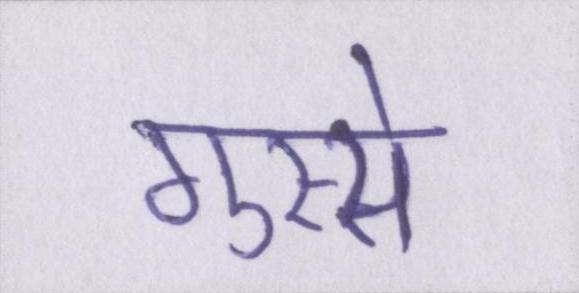
गुस्से